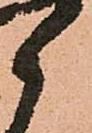
郎